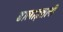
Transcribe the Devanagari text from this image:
ढालाइतानी